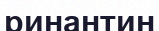
ринантин